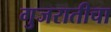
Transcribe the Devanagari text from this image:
गुजरातीचा